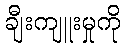
ချီးကျူးမှုကို